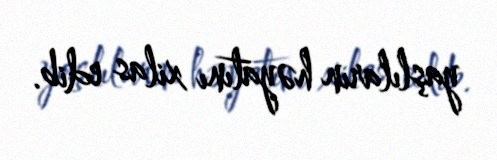
yaşlıların həyatını xilas edib.